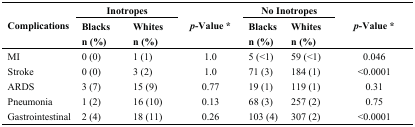
<table><thead><tr><td rowspan="2"><b>Complications</b></td><td colspan="2"><b>Inotropes</b></td><td rowspan="2"><b><i>p</i>-Value *</b></td><td colspan="2"><b>No Inotropes</b></td><td rowspan="2"><b><i>p</i>-Value *</b></td></tr><tr><td><b>Blacksn (%)</b></td><td><b>Whitesn (%)</b></td><td><b>Blacksn (%)</b></td><td><b>Whitesn (%)</b></td></tr></thead><tbody><tr><td>MI</td><td>0 (0)</td><td>1 (1)</td><td>1.0</td><td>5 (&lt;1)</td><td>59 (&lt;1)</td><td>0.046</td></tr><tr><td>Stroke</td><td>0 (0)</td><td>3 (2)</td><td>1.0</td><td>71 (3)</td><td>184 (1)</td><td>&lt;0.0001</td></tr><tr><td>ARDS</td><td>3 (7)</td><td>15 (9)</td><td>0.77</td><td>19 (1)</td><td>119 (1)</td><td>0.31</td></tr><tr><td>Pneumonia</td><td>1 (2)</td><td>16 (10)</td><td>0.13</td><td>68 (3)</td><td>257 (2)</td><td>0.75</td></tr><tr><td>Gastrointestinal</td><td>2 (4)</td><td>18 (11)</td><td>0.26</td><td>103 (4)</td><td>307 (2)</td><td>&lt;0.0001</td></tr></tbody></table>